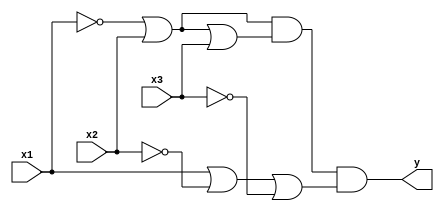
/*************************
 * Derek Prince          *
 * Problem Set #5        *
 * Problem 4             *
 * Circuit 2 description *
*************************/

module circuit_02(y, x1, x2, x3);
// outputs
output y;
input x1, x2, x3;

// circuit behaviour
assign a = (~x1|x2);
assign b = (~x1|x2|x3);
assign c = (x1|~x2|~x3);
// output
assign y = (a&b&c);

endmodule